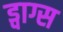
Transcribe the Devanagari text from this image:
ड्वाग्स